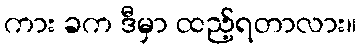
ကား ခက ဒီမှာ ထည့်ရတာလား။